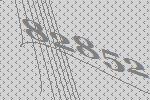
82852